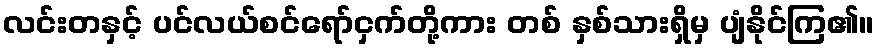
လင်းတနှင့် ပင်လယ်စင်ရော်ငှက်တို့ကား တစ် နှစ်သားရှိမှ ပျံနိုင်ကြ၏။